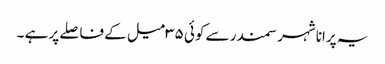
یہ پرانا شہر سمندر سے کوئی ۳۵ میل کے فاصلے پر ہے ۔